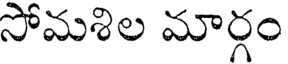
సోమశిల మార్గం